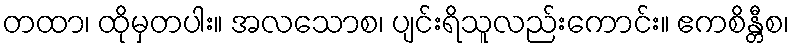
တထာ၊ ထိုမှတပါး။ အလသောစ၊ ပျင်းရိသူလည်းကောင်း။ ဧကစိန္တီစ၊